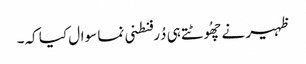
ظہیر نے چھُوٹتے ہی دُرفنطنی نما سوال کیا کہ۔